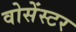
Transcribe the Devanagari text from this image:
वोसेंस्टर